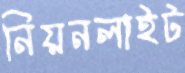
নিয়নলাইট